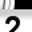
Digit: 2